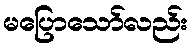
မပြောသော်လည်း